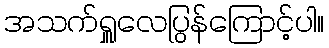
အသက်ရှူလေပြွန်ကြောင့်ပါ။